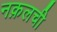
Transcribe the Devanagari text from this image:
नक़लची